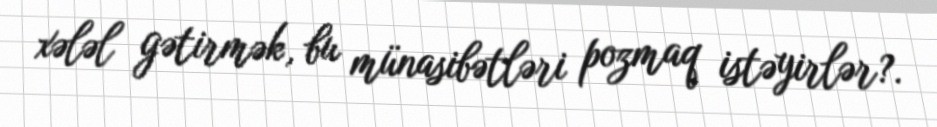
xələl gətirmək, bu münasibətləri pozmaq istəyirlər?.